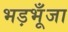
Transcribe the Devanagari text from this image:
भड़भूँजा